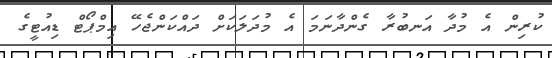
ކުރިން އެ މުދާ އަނބުރާ ގެންދާނަމަ އެ މުދަލަކަށް ދައްކަންޖެހޭ އިމްޕޯޓް ޑިއުޓީގެ